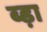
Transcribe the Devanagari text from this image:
ब्ड़ा